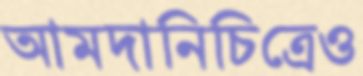
আমদানিচিত্রেও